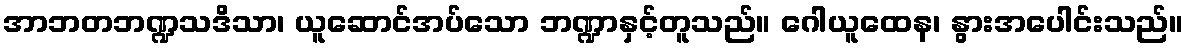
အာဘတဘဏ္ဍသဒိသာ၊ ယူဆောင်အပ်သော ဘဏ္ဍာနှင့်တူသည်။ ဂေါယူထေန၊ နွားအပေါင်းသည်။